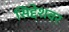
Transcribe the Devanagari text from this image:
सिद्देशवर